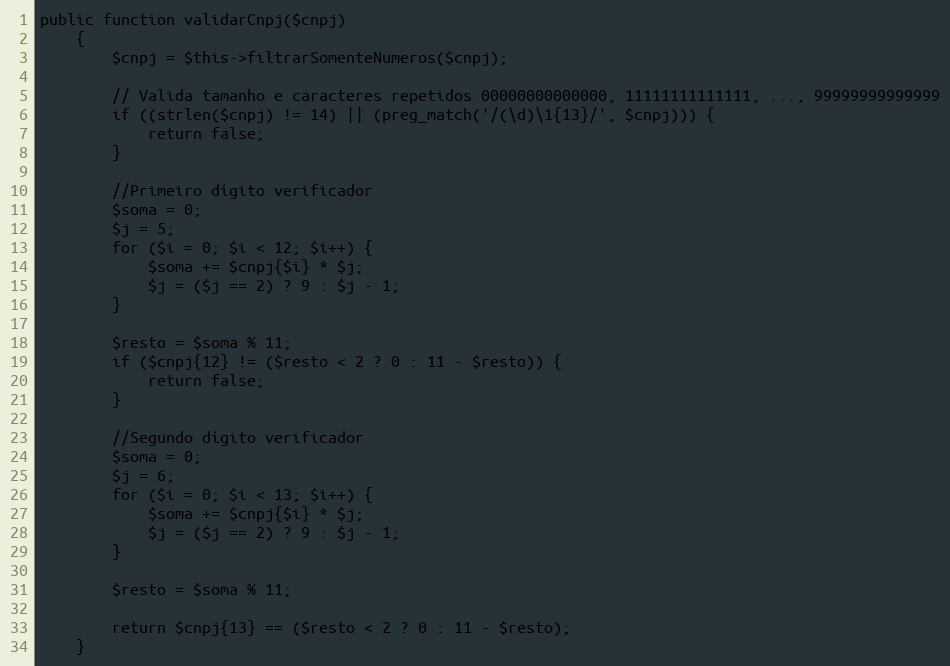
Language: PHP
public function validarCnpj($cnpj)
    {
        $cnpj = $this->filtrarSomenteNumeros($cnpj);

        // Valida tamanho e caracteres repetidos 00000000000000, 11111111111111, ..., 99999999999999
        if ((strlen($cnpj) != 14) || (preg_match('/(\d)\1{13}/', $cnpj))) {
            return false;
        }

        //Primeiro dígito verificador
        $soma = 0;
        $j = 5;
        for ($i = 0; $i < 12; $i++) {
            $soma += $cnpj{$i} * $j;
            $j = ($j == 2) ? 9 : $j - 1;
        }

        $resto = $soma % 11;
        if ($cnpj{12} != ($resto < 2 ? 0 : 11 - $resto)) {
            return false;
        }

        //Segundo dígito verificador
        $soma = 0;
        $j = 6;
        for ($i = 0; $i < 13; $i++) {
            $soma += $cnpj{$i} * $j;
            $j = ($j == 2) ? 9 : $j - 1;
        }

        $resto = $soma % 11;

        return $cnpj{13} == ($resto < 2 ? 0 : 11 - $resto);
    }